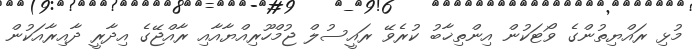
މުޅި ރައްޔިތުންގެ ވޯޓަކުން އިންތިޚާބު ކުރެވޭ ރައީސުލް ޖުމްހޫރިއްޔާއާއި ރާއްޖޭގެ އިދާރީ ދާއިރާއަކުން